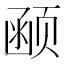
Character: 𱂰